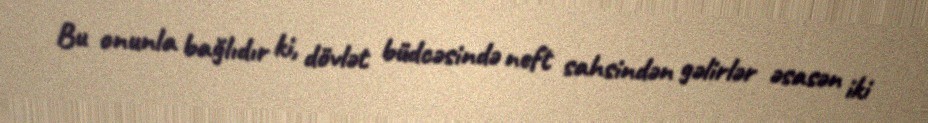
Bu onunla bağlıdır ki, dövlət büdcəsində neft sahsindən gəlirlər əsasən iki